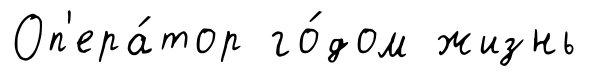
Оп'ера́тор го́дом жизнь